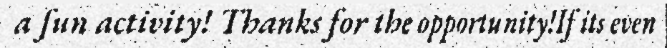
a fun activity! Thanks for the opportunity!If its even